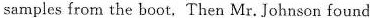
samples from the boot. Then Mr. Johnson found